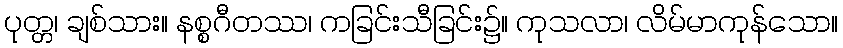
ပုတ္တ၊ ချစ်သား။ နစ္စဂီတဿ၊ ကခြင်းသီခြင်း၌။ ကုသလာ၊ လိမ်မာကုန်သော။